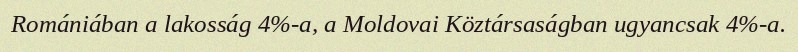
Romániában a lakosság 4%-a, a Moldovai Köztársaságban ugyancsak 4%-a.